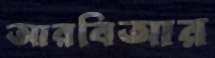
আরবিআর